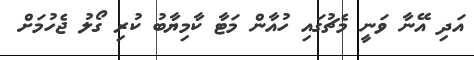
އަދި އޭނާ ވަނީ މެޗުގައި ހުއާން މަޓާ ކާމިޔާބު ކުރި ގޯލު ޖެހުމަށް